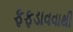
ફફડાવવાથી